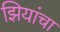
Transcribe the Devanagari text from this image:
झियांचा